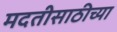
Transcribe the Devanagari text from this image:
मदतीसाठीच्या